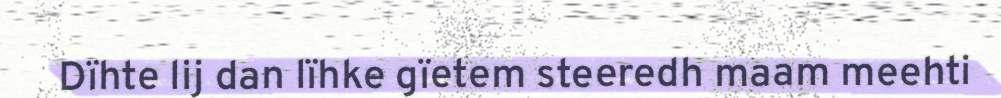
Dïhte lij dan lïhke gïetem steeredh maam meehti